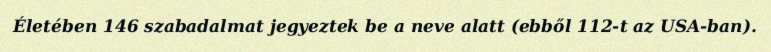
Életében 146 szabadalmat jegyeztek be a neve alatt (ebből 112-t az USA-ban).